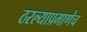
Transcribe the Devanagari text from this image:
ठरल्याप्रमाणेच